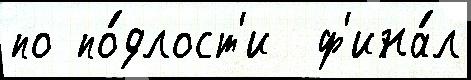
по по́длост'и  ф'ина́л